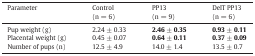
| Parameter | Control(n = 6) | PP13(n = 9) | DelT PP13(n = 6) |
 | --- | --- | --- | --- |
 | Pup weight (g) | 2.24 ± 0.33 | 2.46 ± 0.35 | 0.93 ± 0.11 |
 | Placental weight (g) | 0.45 ± 0.07 | 0.64 ± 0.11 | 0.37 ± 0.09 |
 | Number of pups (n) | 12.5 ± 4.9 | 14.0 ± 1.4 | 13.5 ± 0.7 |